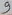
Text: 9